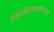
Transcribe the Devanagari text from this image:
स्पिरिदोनोवला